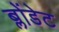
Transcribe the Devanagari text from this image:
ब्लोंडेट